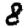
Digit: 8